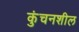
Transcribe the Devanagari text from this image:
कुंचनशील